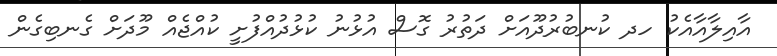
އާއިލާއާއެކު ހދ ކުނބުރުދޫއަށް ދަތުރު ގޮސް އުޅުނު ކުޅުދުއްފުށީ ކުއްޖެއް މޫދަށް ގެނބިގެން